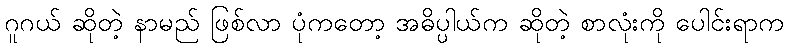
ဂူဂယ် ဆိုတဲ့ နာမည် ဖြစ်လာ ပုံကတော့ အဓိပ္ပါယ်က ဆိုတဲ့ စာလုံးကို ပေါင်းရာက